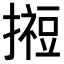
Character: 𢵊